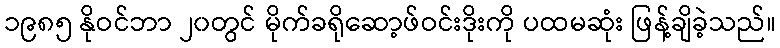
၁၉၈၅ နိုဝင်ဘာ ၂၀တွင် မိုက်ခရိုဆော့ဖ်ဝင်းဒိုးကို ပထမဆုံး ဖြန့်ချိခဲ့သည်။